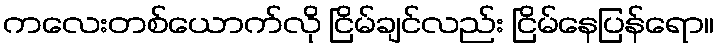
ကလေးတစ်ယောက်လို ငြိမ်ချင်လည်း ငြိမ်နေပြန်ရော။